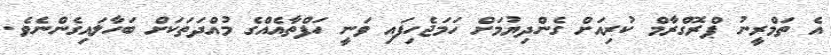
އެ ތަމްރީނު ޕްރޮގްރާމް ކުރިއަށް ގެންދިޔުމަށް ހަމަޖެހިފައި ވަނީ ހަފްތާއެއްގެ މުއްދަތަކަށް ބަހާލައިގެންނެވެ.